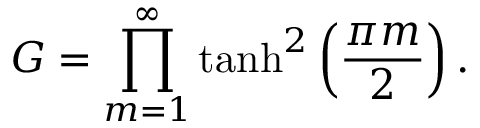
G = \prod _ { m = 1 } ^ { \infty } \operatorname { t a n h } ^ { 2 } \left( { \frac { \pi m } { 2 } } \right) .